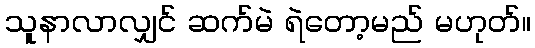
သူနာလာလျှင် ဆက်မဲ ရဲတော့မည် မဟုတ်။